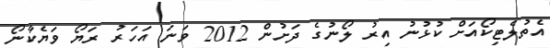
އެތުލެޓިކޯއަށް ކުޅުނު އިރު ލޯނުގެ ދަށުން 2012 ވަނަ އަހަރު ރަޔޯ ވަޔެކާނޯ